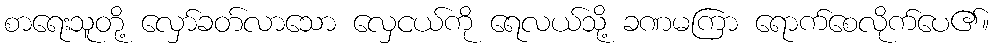
စာရေးသူတို့ လှော်ခတ်လာသော လှေငယ်ကို ရေလယ်သို့ ခဏမကြာ ရောက်စေလိုက်ပေ၏။